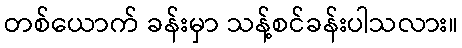
တစ်ယောက် ခန်းမှာ သန့်စင်ခန်းပါသလား။